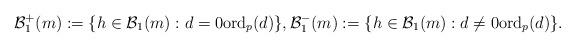
LaTeX: \begin{align*} \mathcal B_1^+(m) := \{h \in \mathcal B_1(m): d = 0 \mathrm{ord}_p(d) \}, \mathcal B_1^-(m) := \{h \in \mathcal B_1(m): d\neq 0 \mathrm{ord}_p(d) \}.\end{align*}